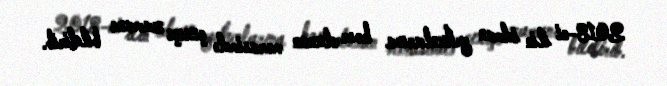
2018-ci ilin idman yekunlarına həsr olunan mərasimdə çıxışı zamanı bildirib.